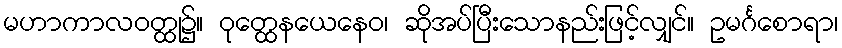
မဟာကာလဝတ္ထု၌။ ဝုတ္ထေနယေနေဝ၊ ဆိုအပ်ပြီးသောနည်းဖြင့်လျှင်။ ဥမင်္ဂစောရာ၊